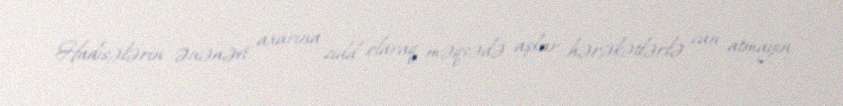
Hadisələrin ənənəvi axarına zidd olaraq məqsədə aşkar hərəkətlərlə can atmayın,